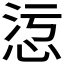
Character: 𢙁